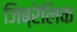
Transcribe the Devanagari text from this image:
जिब्रेलिक